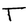
Character: T